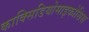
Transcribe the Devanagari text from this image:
काक्सिडियोमाइकोसिस